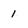
Character: 1